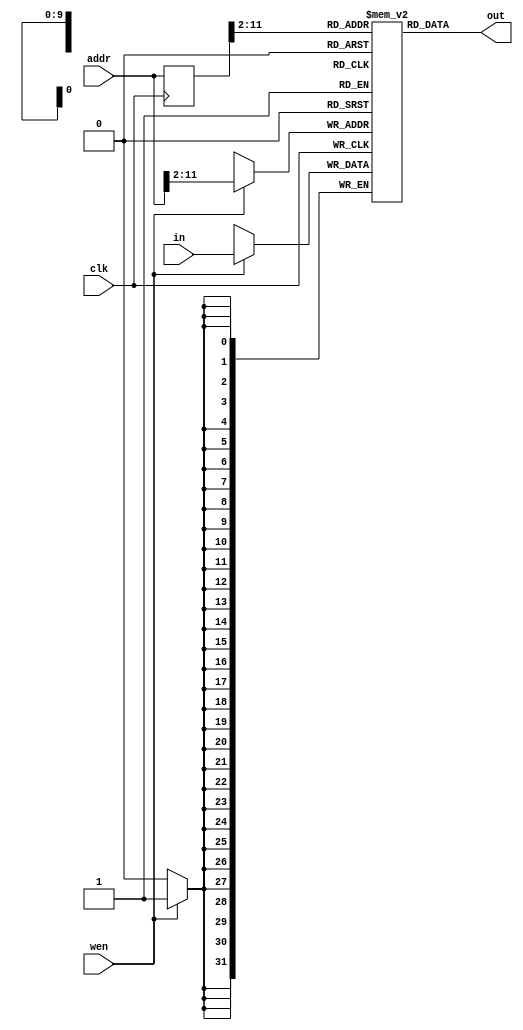
module ram #(
    // 4 KiB addressed in 4 byte words
    parameter ADDR_WIDTH = 12,
    parameter DATA_WIDTH = 32
) (
    output wire [DATA_WIDTH-1:0] out,
    input wire [DATA_WIDTH-1:0] in,
    input wire [ADDR_WIDTH-1:0] addr,
    input wire wen, clk
);

    reg [ADDR_WIDTH-1:0] raddr;
    // ADDR_WIDTH - 2 because address is for byte addressing, but actually defined as words
    reg [DATA_WIDTH-1:0] mem [(1 << (ADDR_WIDTH - 2))-1:0];

    // TODO this always writes/reads addr word
    always @(posedge clk) begin
        if (wen) begin
            mem[addr[ADDR_WIDTH-1:2]] <= in;
        end
        raddr <= addr;
    end

    assign out = mem[raddr[ADDR_WIDTH-1:2]];

endmodule